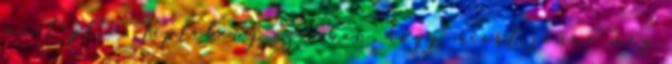
mint pl. - "Képlékeny azonban, hogy miért jönne még